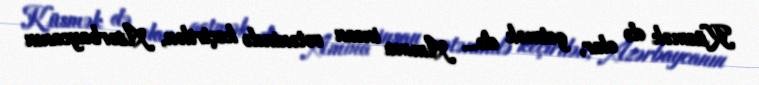
Küsmək də olar, getmək də... Amma insan vətənində keçirilən, Azərbaycanın